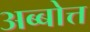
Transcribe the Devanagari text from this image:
अब्बोत्त